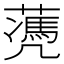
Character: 𦿅